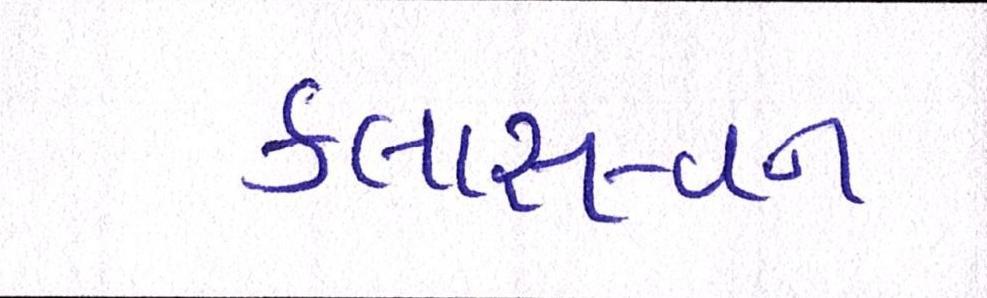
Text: કલાસ-વન